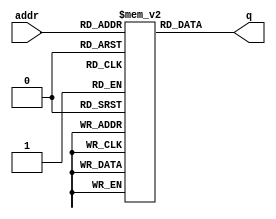
module cmos28c16a
#(parameter DATA_WIDTH=8, parameter ADDR_WIDTH=11)
(
	input [(ADDR_WIDTH-1):0] addr,
	output reg [(DATA_WIDTH-1):0] q
);
integer i;
	// Declare the ROM variable
reg [DATA_WIDTH-1:0] rom[2**ADDR_WIDTH-1:0];

initial
begin
	for(i = 0; i< 2**ADDR_WIDTH; i = i+1)
	begin
		rom[i] = i;
	end
end

always @ (*)
begin
	q <= rom[addr];
end

endmodule